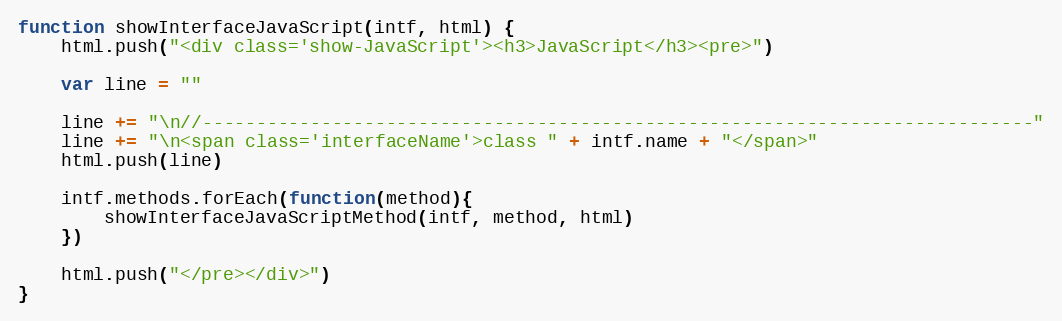
Language: JavaScript
function showInterfaceJavaScript(intf, html) {
    html.push("<div class='show-JavaScript'><h3>JavaScript</h3><pre>")

    var line = ""

    line += "\n//-----------------------------------------------------------------------------"
    line += "\n<span class='interfaceName'>class " + intf.name + "</span>"
    html.push(line)

    intf.methods.forEach(function(method){
        showInterfaceJavaScriptMethod(intf, method, html)
    })

    html.push("</pre></div>")
}